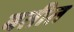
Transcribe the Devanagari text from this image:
बतीत